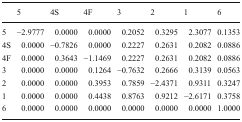
<table><thead><tr><td>[EMPTY_CELL]</td><td><b>5</b></td><td><b>4S</b></td><td><b>4F</b></td><td><b>3</b></td><td><b>2</b></td><td><b>1</b></td><td><b>6</b></td></tr></thead><tbody><tr><td>5</td><td>−2.9777</td><td>0.0000</td><td>0.0000</td><td>0.2052</td><td>0.3295</td><td>2.3077</td><td>0.1353</td></tr><tr><td>4S</td><td>0.0000</td><td>−0.7826</td><td>0.0000</td><td>0.2227</td><td>0.2631</td><td>0.2082</td><td>0.0886</td></tr><tr><td>4F</td><td>0.0000</td><td>0.3643</td><td>−1.1469</td><td>0.2227</td><td>0.2631</td><td>0.2082</td><td>0.0886</td></tr><tr><td>3</td><td>0.0000</td><td>0.0000</td><td>0.1264</td><td>−0.7632</td><td>0.2666</td><td>0.3139</td><td>0.0563</td></tr><tr><td>2</td><td>0.0000</td><td>0.0000</td><td>0.3953</td><td>0.7859</td><td>−2.4371</td><td>0.9311</td><td>0.3247</td></tr><tr><td>1</td><td>0.0000</td><td>0.0000</td><td>0.4438</td><td>0.8763</td><td>0.9212</td><td>−2.6171</td><td>0.3758</td></tr><tr><td>6</td><td>0.0000</td><td>0.0000</td><td>0.0000</td><td>0.0000</td><td>0.0000</td><td>0.0000</td><td>1.0000</td></tr></tbody></table>